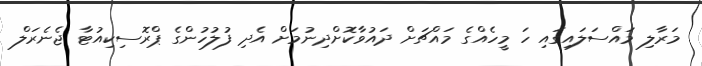
މަރާލި މައްސަލައިގައި ހަ މީހެއްގެ މައްޗަށް ދައުވާކޮށްދިނުމަށް އެދި ފުލުހުންގެ ޕްރޮސިކިއުޓާ ޖެނެރަލް